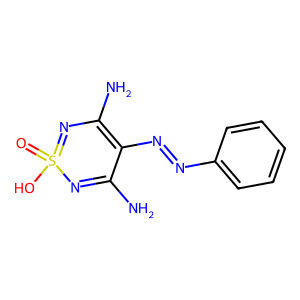
SMILES: NC1=NS(=O)(O)=NC(N)=C1N=Nc1ccccc1
Inhibits HIV replication: No